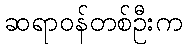
ဆရာဝန်တစ်ဦးက